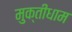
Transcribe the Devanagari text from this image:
मुक्तीधाम